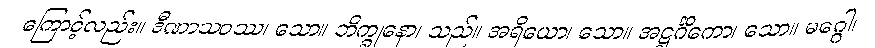
ကြောင့်လည်း။ ဒီဏာသဝဿ၊ သော။ ဘိက္ခုနော၊ သည်။ အရိယော၊ သော။ အဋ္ဌင်္ဂိကော၊ သော။ မဂ္ဂေါ၊